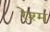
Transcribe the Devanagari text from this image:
रेश्म